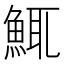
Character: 鮿